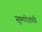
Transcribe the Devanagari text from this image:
सुषमादेशपांडे